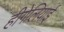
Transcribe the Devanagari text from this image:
हीगेलियाई